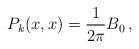
\begin{align*}P_k(x,x)= \frac{1}{2\pi}B_0\,,\end{align*}